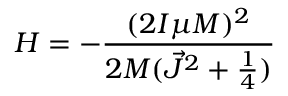
H = - \frac { ( 2 I \mu M ) ^ { 2 } } { 2 M ( \vec { J } ^ { 2 } + \frac { 1 } { 4 } ) }